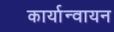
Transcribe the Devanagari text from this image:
कार्यान्वायन